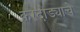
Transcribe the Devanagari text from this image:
करदोड्याचे